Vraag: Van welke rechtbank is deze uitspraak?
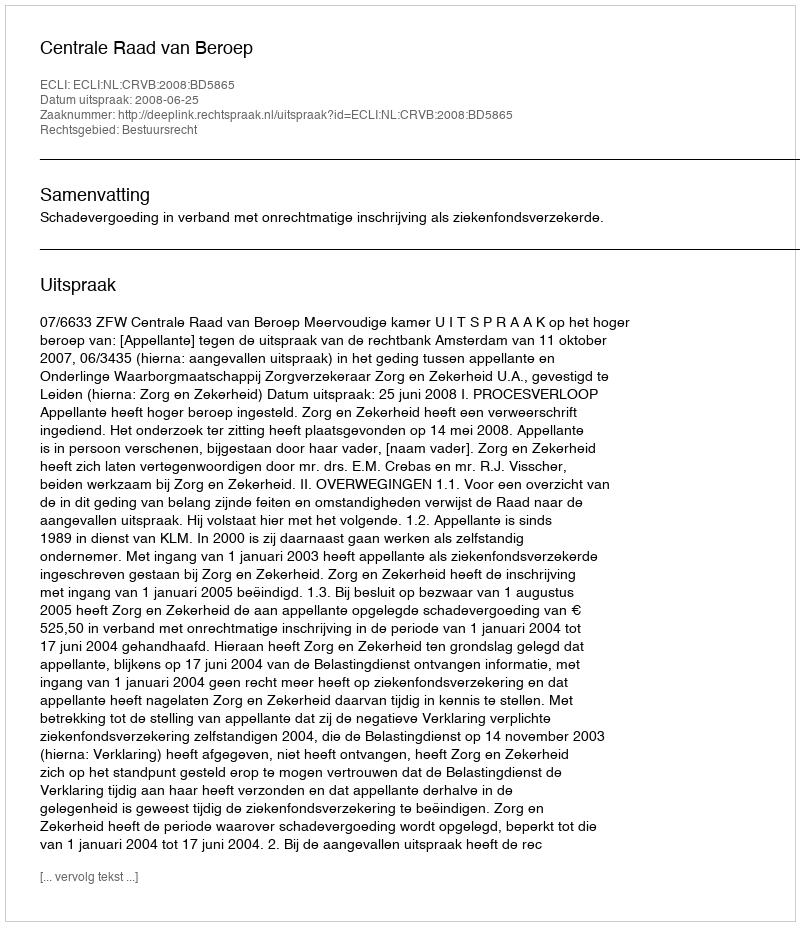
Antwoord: Centrale Raad van Beroep